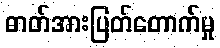
ဓာတ်အားပြတ်တောက်မှု